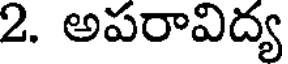
2. అపరావిద్య